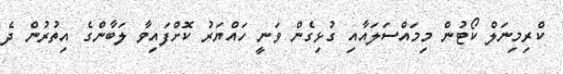
ކްރިމިނަލް ކޯޓުން މިމައްސަލައާއި ގުޅިގެން ވަނީ ހައްޔަރު ކޮށްފައިވާ ލަބާންގެ އިތުރުން ދެ